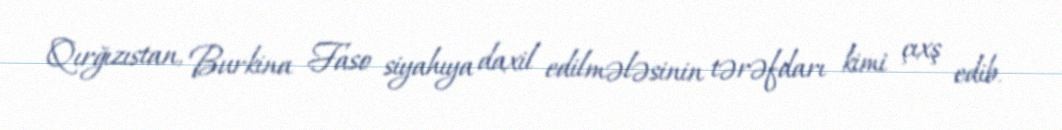
Qırğızıstan, Burkina Faso siyahıya daxil edilmələsinin tərəfdarı kimi çıxş edib.